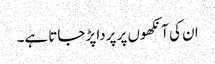
ان کی آنکھوں پر پردا پڑ جاتا ہے۔